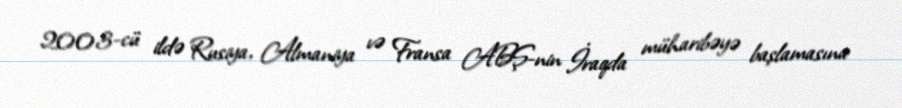
2003-cü ildə Rusiya, Almaniya və Fransa ABŞ-nin İraqda müharibəyə başlamasına